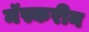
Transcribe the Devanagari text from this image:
मॅस्करीन